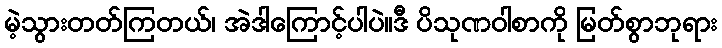
မဲ့သွားတတ်ကြတယ်၊ အဲဒါကြောင့်ပါပဲ။ဒီ ပိသုဏဝါစာကို မြတ်စွာဘုရား